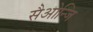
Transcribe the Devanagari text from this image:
सैओन्जि